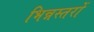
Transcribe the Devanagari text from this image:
भिन्नस्तरों